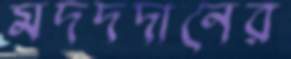
মদদদানের